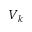
\boldsymbol { V _ { k } }